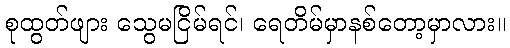
စုထွတ်ဖျား သွေမငြိမ်ရင်၊ ရေတိမ်မှာနစ်တော့မှာလား။